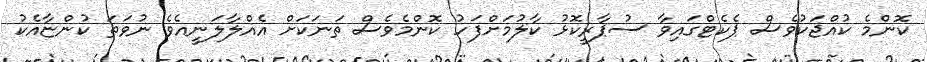
ކޮންމެ ކުއްޖަކުވެސް ޕެކެޓްގައިވާ ސުޕާރީކޮޅު ކާލުމަށްފަހު ކޮންމެވެސް ތަނަކަށް އެއްލާލަނީއެވެ ނުވަތަ ކުންޏާއެކު